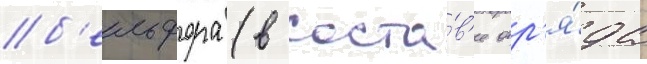
б'ельфора (в соста́в'е отр'я́да